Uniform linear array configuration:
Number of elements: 24
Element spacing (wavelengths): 0.5
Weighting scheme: binomial
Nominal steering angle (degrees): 60
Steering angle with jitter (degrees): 60.026
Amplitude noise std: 0.05
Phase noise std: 0.05

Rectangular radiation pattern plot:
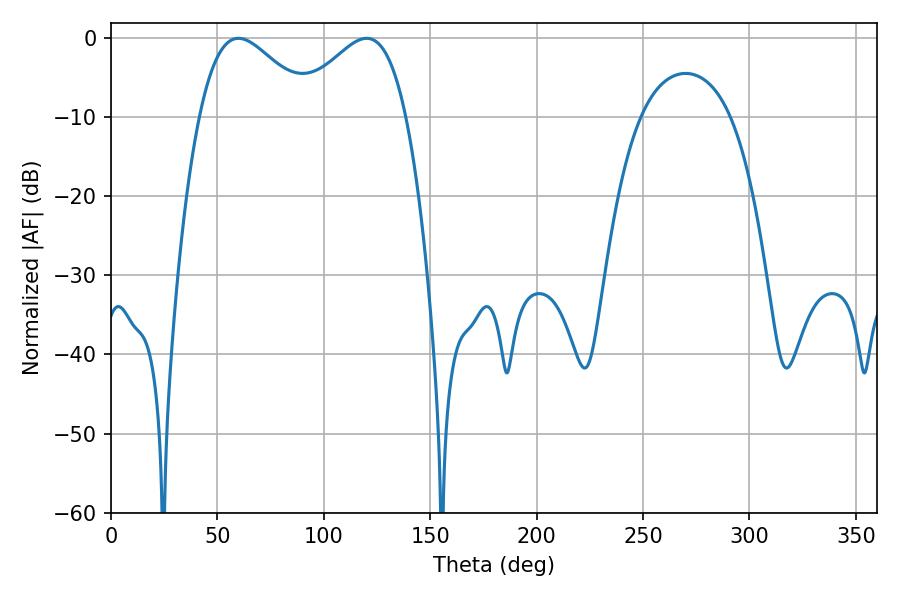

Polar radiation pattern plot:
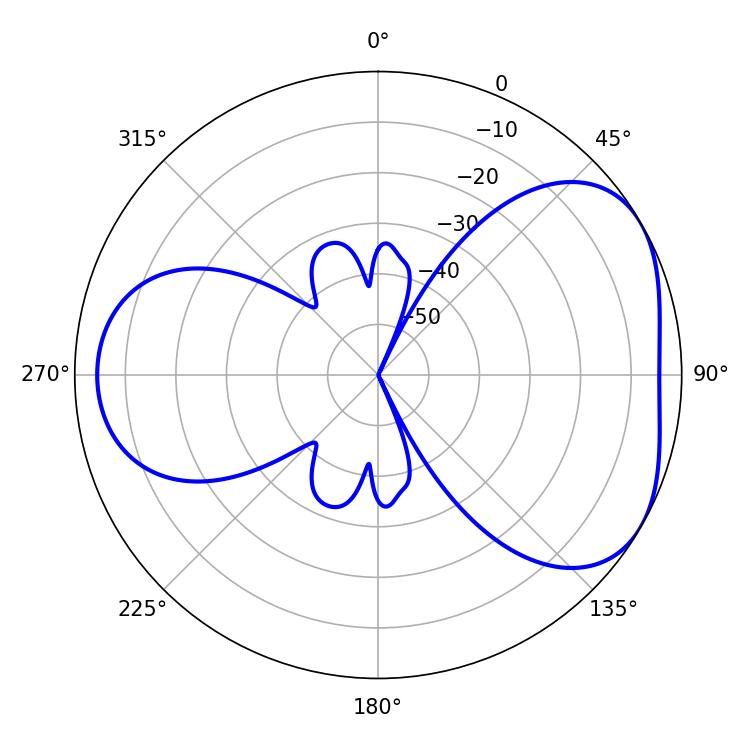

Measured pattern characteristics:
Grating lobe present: FALSE
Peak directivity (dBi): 4.404
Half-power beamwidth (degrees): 28.44
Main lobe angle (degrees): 59.94